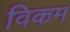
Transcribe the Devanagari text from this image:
विकम